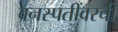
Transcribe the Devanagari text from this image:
वनस्पतींवरची